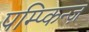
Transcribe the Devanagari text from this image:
पम्प्किन्ज़